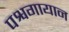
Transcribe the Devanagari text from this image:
पश्वगायान